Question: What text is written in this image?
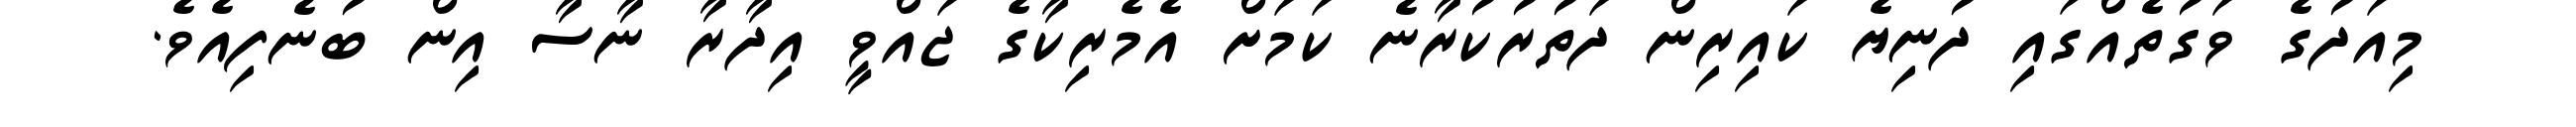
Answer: މިއަދުގެ ވަގުތެއްގައި ދުނިޔެ ކައިރިން ދަތުރުކުރާނެ ކަމަށް އެމެރިކާގެ ޖައްވީ އިދާރާ ނާސާ އިން ބުނެފިއެވެ.